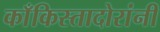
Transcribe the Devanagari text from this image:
काँकिस्तादोरांनी